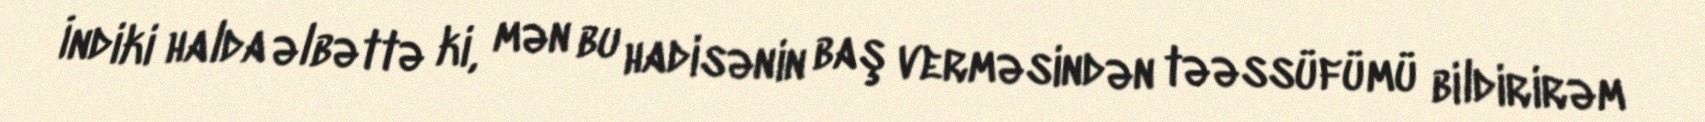
İndiki halda əlbəttə ki, mən bu hadisənin baş verməsindən təəssüfümü bildirirəm